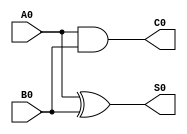
module HalfAdder (A0, B0, S0, C0);
input A0;
input B0;
output S0;
output C0;
assign S0 = A0 ^ B0;
assign C0 = A0 & B0;
endmodule